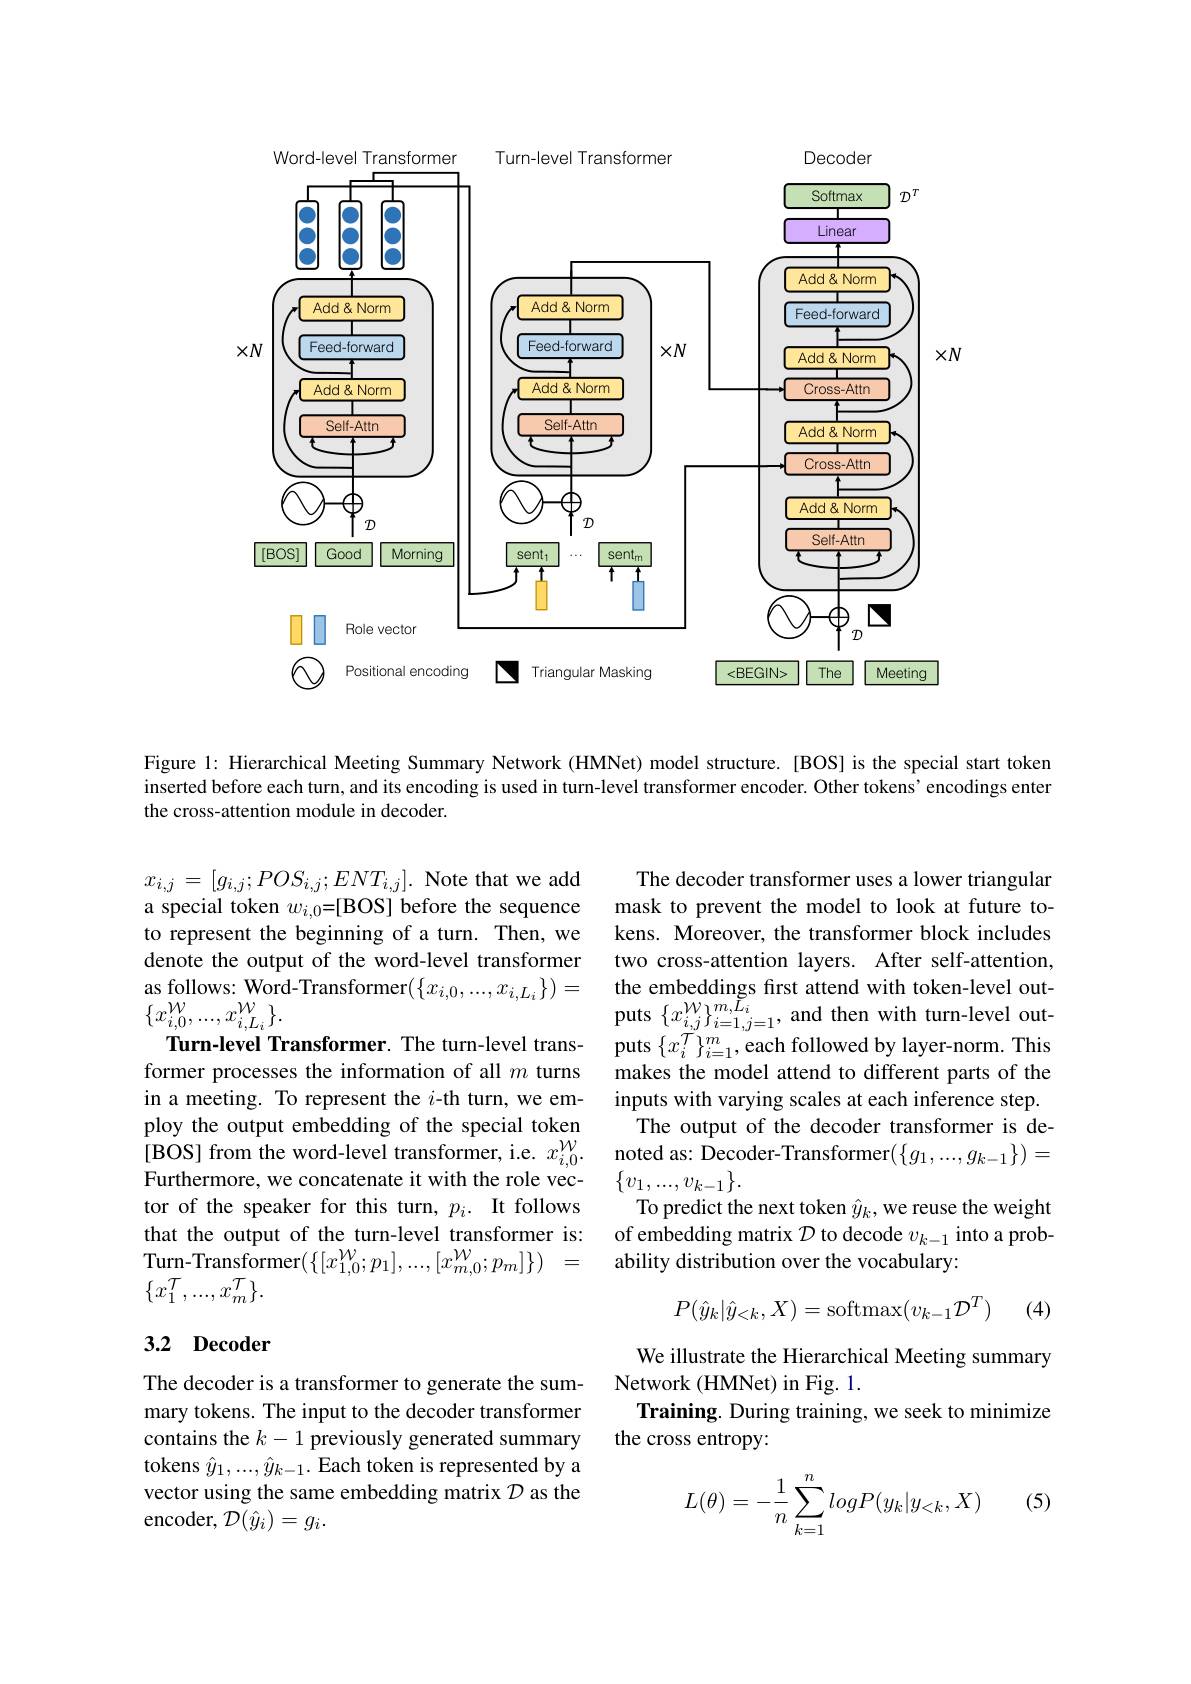
<FigureHere>

Figure 1: Hierarchical Meeting Summary Network (HMNet) model structure. [BOS] is the special start token inserted before each turn, and its encoding is used in turn-level transformer encoder. Other tokens'encodings enter the cross-attention module in decoder.

The decoder transformer uses a lower triangular mask to prevent the model to look at future tokens. Moreover, the transformer block includes two cross-attention layers. After self-attention, the embeddings first attend with token-level outputs $\{x_{i,j}^{\mathcal{W}}\}_{i=1,j=1}^{m,L_{i}}$, and then with turn-level outputs $\{x_i^{\widetilde{\mathcal{T}}}\}_{i=1}^{m}$,each followed by layer-norm. This makes the model attend to different parts of the inputs with varying scales at each inference step.
The output of the decoder transformer is denoted as: Decoder-Transformer$(\{g_1,...,g_{k-1}\})=$ $\{v_1,...,v_{k-1}\}.$
To predict the next token $\hat{y}_k$,we reuse the weight of embedding matrix $\mathcal{D}$ to decode $v_k-1$ into a probability distribution over the vocabulary:

$x_{i,j}=[g_{i,j};POS_{i,j};ENT_{i,j}].$ Note that we add a special token $w_{i, 0}= [$BOS] before the sequence to represent the beginning of a turn. Then, we denote the output of the word-level transformer $\begin{array}{c}{\mathrm{as~follows:~Word-Transformer}}(\{x_{i,0},...,x_{i,L_{i}}\})=\\{\mathrm{as~follows:~Word-Transformer}}(\{x_{i,0},...,x_{i,L_{i}}\})=\end{array}$ $\{x_{i,0}^{\mathcal W},...,x_{i,L_{i}}^{\mathcal W}\}.$
Turn-level Transformer. The turn-level transformer processes the information of all $m$ turns in a meeting. To represent the $i$-th turn, we employ the output embedding of the special token [BOS] from the word-level transformer, i.e. $x_i,0^{\mathcal{W}}.$ Furthermore, we concatenate it with the role vector of the speaker for this turn, $p_i.$ It follows that the output of the turn-level transformer is: $\begin{array}{cc}{\mathrm{Turn-Transformer}(\{[x_{1,0}^{\mathcal{W}};p_{1}],\ldots,[x_{m,0}^{\mathcal{W}};p_{m}]\})}&{=}\\{\mathrm{Turn-Transformer}}(\{[x_{1,0}^{\mathcal{W}};p_{1}],\ldots,[x_{m,0}^{\mathcal{W}};p_{m}]\})&{=}\end{array}$ $\{x_1^{\mathcal{T}},...,x_m^{\mathcal{T}}\}.$
$$P(\hat{y}_k|\hat{y}_{<k},X)=\mathrm{softmax}(v_{k-1}\mathcal{D}^T)$$
(4)

### 3.2 Decoder

We illustrate the Hierarchical Meeting summary
Network (HMNet) in Fig. 1.
Training. During training, we seek to minimize
the cross entropy:

The decoder is a transformer to generate the summary tokens. The input to the decoder transformer contains the $k-1$ previously generated summary tokens $\hat{y}_1,...,\hat{y}_{k-1}.$ Each token is represented by a vector using the same embedding matrix $\mathcal{D}$ as the encoder, $\mathcal{D}(\hat{y}_i)=g_i.$

(5)
$$\begin{aligned}L(\theta)=-\frac{1}{n}\sum_{k=1}^{n}logP(y_k|y_{<k},X)\end{aligned}$$